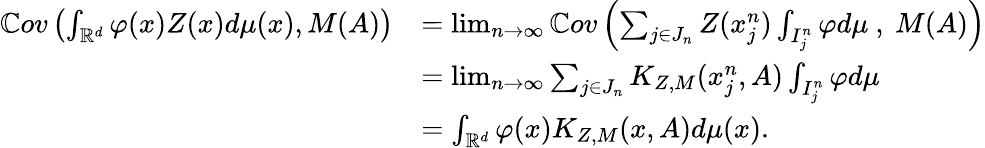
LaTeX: \begin{array}{rl}{\mathbb{C}ov\left(\int_{\mathbb{R}^{d}}\varphi(x)Z(x)d\mu(x),M(A)\right)}&{=\operatorname*{lim}_{n\to\infty}\mathbb{C}ov\left(\sum_{j\in J_{n}}Z(x_{j}^{n})\int_{I_{j}^{n}}\varphi d\mu\ ,\ M(A)\right)}\\ &{=\operatorname*{lim}_{n\to\infty}\sum_{j\in J_{n}}K_{Z,M}(x_{j}^{n},A)\int_{I_{j}^{n}}\varphi d\mu}\\ &{=\int_{\mathbb{R}^{d}}\varphi(x)K_{Z,M}(x,A)d\mu(x).}\end{array}